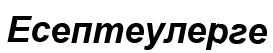
Есептеулерге